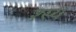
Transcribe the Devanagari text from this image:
श्स्य